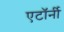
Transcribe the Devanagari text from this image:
एटाॅर्नी